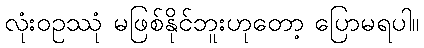
လုံးဝဥဿုံ မဖြစ်နိုင်ဘူးဟုတော့ ပြောမရပါ။